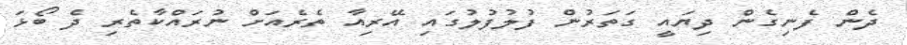
ދެން ފެނިގެން ދިޔައީ ގަތަރުން ފުލުފުލުގައި އޭރިއާ ތެރެއަަށް ނުރައްކާތެރި ދެ ބޯޅަ